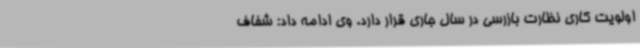
اولویت کاری نظارت بازرسی در سال جاری قرار دارد. وی ادامه داد: شفاف